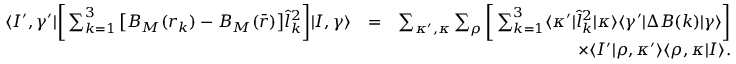
\begin{array} { r l r } { \langle I ^ { \prime } , \gamma ^ { \prime } | \bigg [ \sum _ { k = 1 } ^ { 3 } \big [ B _ { M } ( r _ { k } ) - B _ { M } ( \bar { r } ) \big ] \hat { l } _ { k } ^ { 2 } \bigg ] | I , \gamma \rangle } & { = } & { \sum _ { \kappa ^ { \prime } , \kappa } \sum _ { \rho } \bigg [ \sum _ { k = 1 } ^ { 3 } \langle \kappa ^ { \prime } | \hat { l } _ { k } ^ { 2 } | \kappa \rangle \langle \gamma ^ { \prime } | \Delta B ( k ) | \gamma \rangle \bigg ] } \\ & { } & { \qquad \qquad \qquad \qquad \times \langle I ^ { \prime } | \rho , \kappa ^ { \prime } \rangle \langle \rho , \kappa | I \rangle . } \end{array}